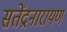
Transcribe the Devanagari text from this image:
सतेंद्रनारायण